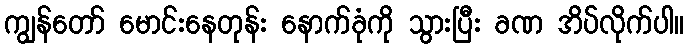
ကျွန်တော် မောင်းနေတုန်း နောက်ခုံကို သွားပြီး ခဏ အိပ်လိုက်ပါ။